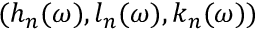
( h _ { n } ( \omega ) , l _ { n } ( \omega ) , k _ { n } ( \omega ) )